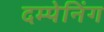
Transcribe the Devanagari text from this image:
दम्पेनिंग